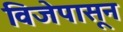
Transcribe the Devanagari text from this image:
विजेपासून